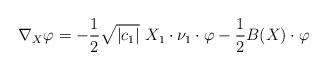
LaTeX: \begin{align*}\nabla_X \varphi = -\frac{1}{2}\sqrt{|c_1|}\ X_1 \cdot \nu_1\cdot \varphi - \frac{1}{2}B(X)\cdot \varphi\end{align*}